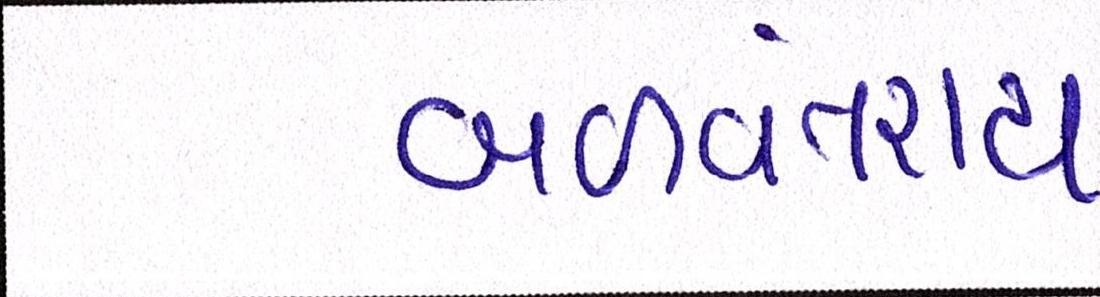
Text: બળવંતરાય